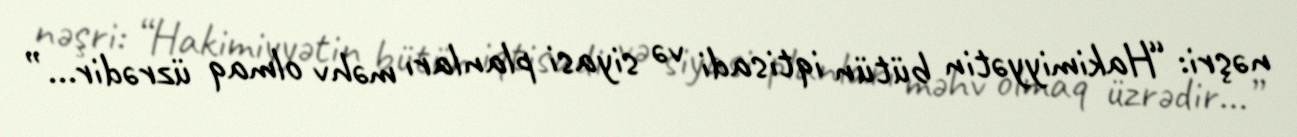
nəşri: “Hakimiyyətin bütün iqtisadi və siyasi planları məhv olmaq üzrədir...”